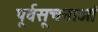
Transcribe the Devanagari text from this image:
पूर्वसूचनाओं